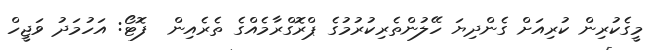
މީގެކުރިން ކުރިއަށް ގެންދިޔަ ހޭލުންތެރިކުރުމުގެ ޕްރޮގްރާމެއްގެ ތެރެއިން  ފޮޓޯ: އަހުމަދު ވަޖީހް